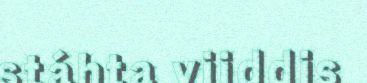
stáhta viiddis